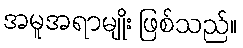
အမူအရာမျိုး ဖြစ်သည်။